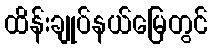
ထိန်းချုပ်နယ်မြေတွင်